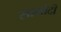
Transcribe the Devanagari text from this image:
सामोदी